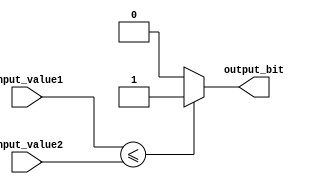
module less_than_or_equal_to_comparator (
    input [31:0] input_value1,
    input [31:0] input_value2,
    output reg output_bit
);

always @(*) begin
    if (input_value1 <= input_value2) begin
        output_bit = 1;
    end else begin
        output_bit = 0;
    end
end

endmodule